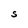
Character: S